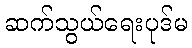
ဆက်သွယ်ရေးပုဒ်မ